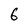
Character: 6